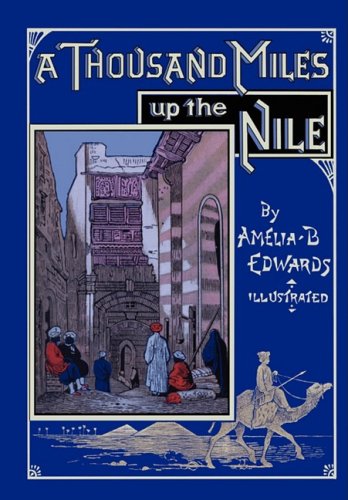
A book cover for A Thousand Miles up the Nile; Amelia B Edwards; Travel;